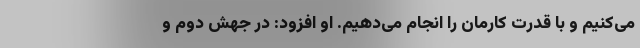
می‌کنیم و با قدرت کارمان را انجام می‌دهیم. او افزود: در جهش دوم و